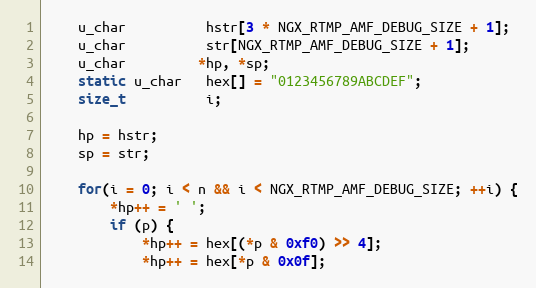
Language: C
    u_char          hstr[3 * NGX_RTMP_AMF_DEBUG_SIZE + 1];
    u_char          str[NGX_RTMP_AMF_DEBUG_SIZE + 1];
    u_char         *hp, *sp;
    static u_char   hex[] = "0123456789ABCDEF";
    size_t          i;

    hp = hstr;
    sp = str;

    for(i = 0; i < n && i < NGX_RTMP_AMF_DEBUG_SIZE; ++i) {
        *hp++ = ' ';
        if (p) {
            *hp++ = hex[(*p & 0xf0) >> 4];
            *hp++ = hex[*p & 0x0f];